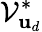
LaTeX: \mathcal{V}_{\mathbf{{u}}_{d}}^{*}